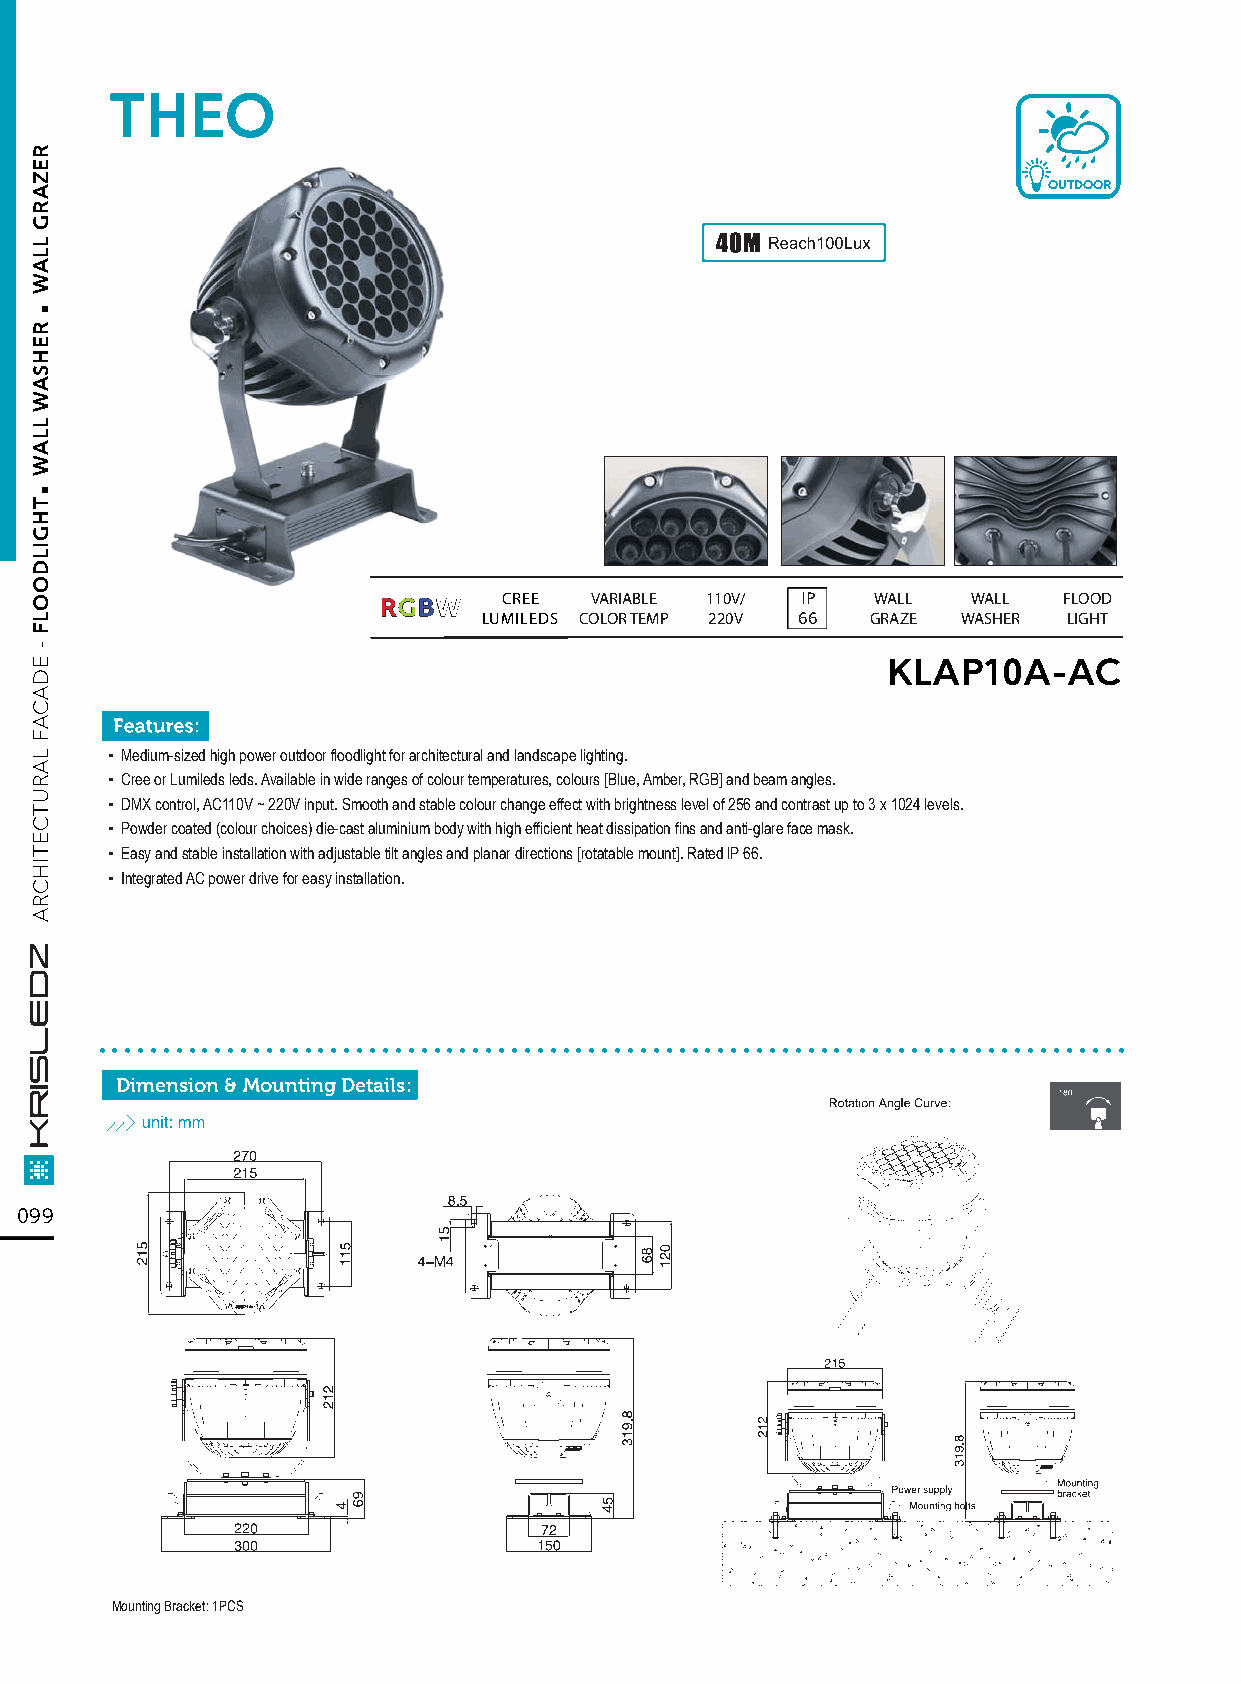
THEO
 OUTDOOR
 RRGGBBWW CREE VARIABLE 110V/ IP  WALL  WALL  FLOOD
 LUMILEDS COLOR TEMP 220V 66 GRAZE WASHER LIGHT
 KLAP10A-AC
 ▪ Medium-sized high power outdoor floodlight for architectural and landscape lighting.
 ▪ Cree or Lumileds leds. Available in wide ranges of colour temperatures, colours [Blue, Amber, RGB] and beam angles.
 ▪ DMX control, AC110V ~ 220V input. Smooth and stable colour change effect with brightness level of 256 and contrast up to 3 x 1024 levels.
 ▪ Powder coated (colour choices) die-cast aluminium body with high efficient heat dissipation fins and anti-glare face mask.
 ▪ Easy and stable installation with adjustable tilt angles and planar directions [rotatable mount]. Rated lP 66.
 ▪ Integrated AC power drive for easy installation.
 ................................................................................
 Dimension & Mounting Details:
 099
 Mounting Bracket: 1PCS
 .
 .
 REZARG
 LLAW
 REHSAW
 LLAW
 THGILDOOLF
 -
 EDACAF
 LARUTCETIHCRA